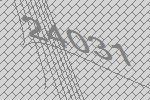
24031